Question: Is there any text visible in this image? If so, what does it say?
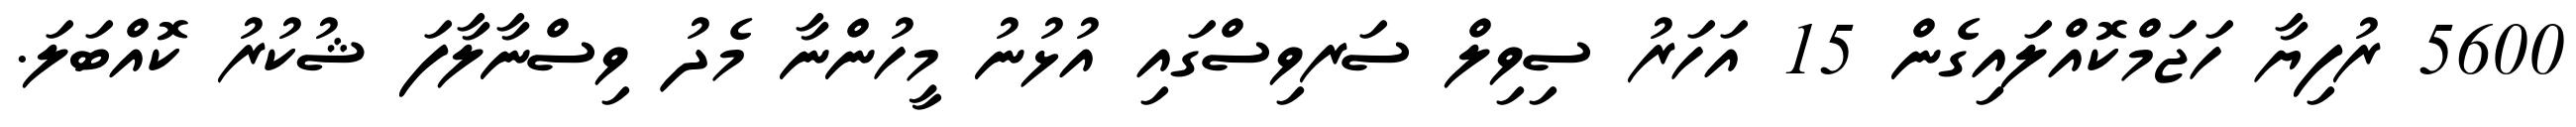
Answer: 5600 ރުފިޔާ ހަޖަމްކޮއްލައިގެން 15 އަހަރު ސިވިލް ސަރވިސްގައި އުޅުނު މީހުންނާ މެދު ވިސްނާލާފަ ޝުކުރު ކޮއްބަލަ.